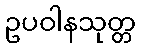
ဥပဝါနသုတ္တ